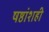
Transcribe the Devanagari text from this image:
षष्ठांशही